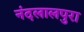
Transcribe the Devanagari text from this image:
नंदलालपुरा